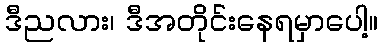
ဒီညလား၊ ဒီအတိုင်းနေရမှာပေါ့။